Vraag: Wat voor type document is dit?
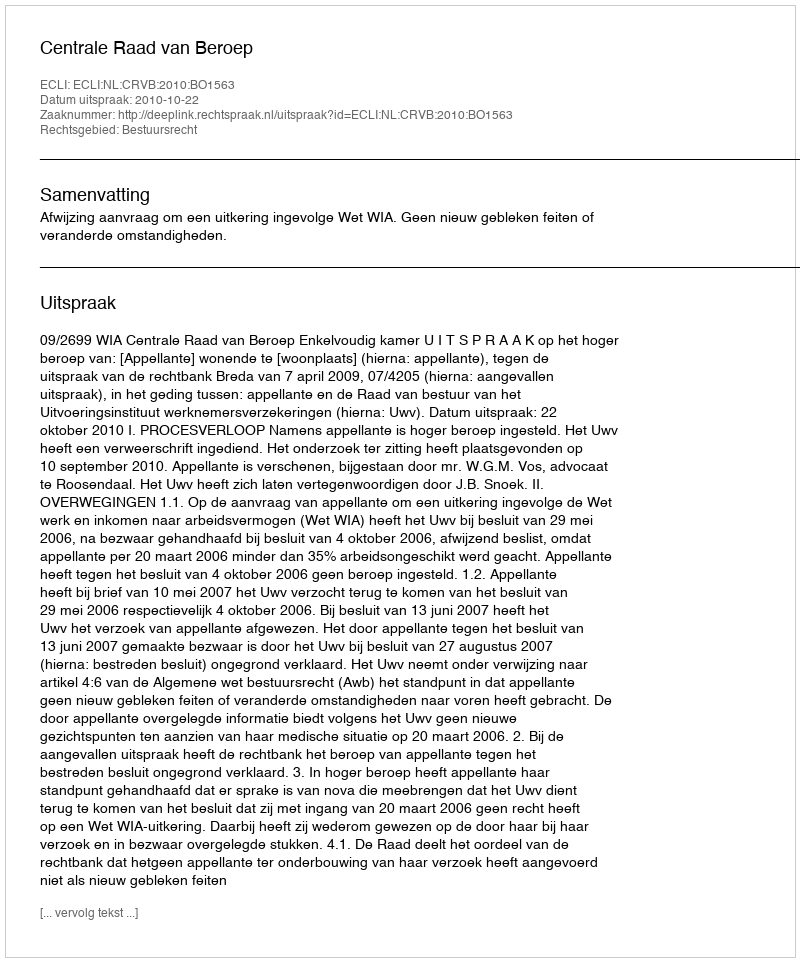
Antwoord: Uitspraak